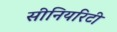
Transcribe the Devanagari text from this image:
सीनियरिटी